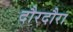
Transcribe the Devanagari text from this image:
दौरदौरा